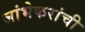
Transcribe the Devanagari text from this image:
जांभेकरांची